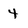
Character: 4